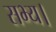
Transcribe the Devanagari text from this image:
सभ्य।